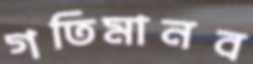
গতিমানব